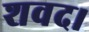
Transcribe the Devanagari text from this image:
शवद।